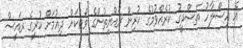
އެ އިސްލާހު ތަސްދީގު ކުރެއްވުމުގެ ކުރިން ރައްޔިތުންގެ ވޯޓަކަށް ދިއުމަށް ކުރީގެ ރައީސް